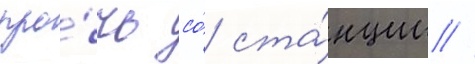
про́чь со́ ста́нции //